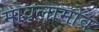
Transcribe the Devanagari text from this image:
मोवलामोव